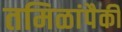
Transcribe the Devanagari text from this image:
तमिळांपैकी